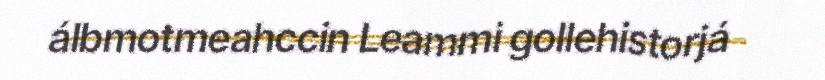
álbmotmeahccin Leammi gollehistorjá